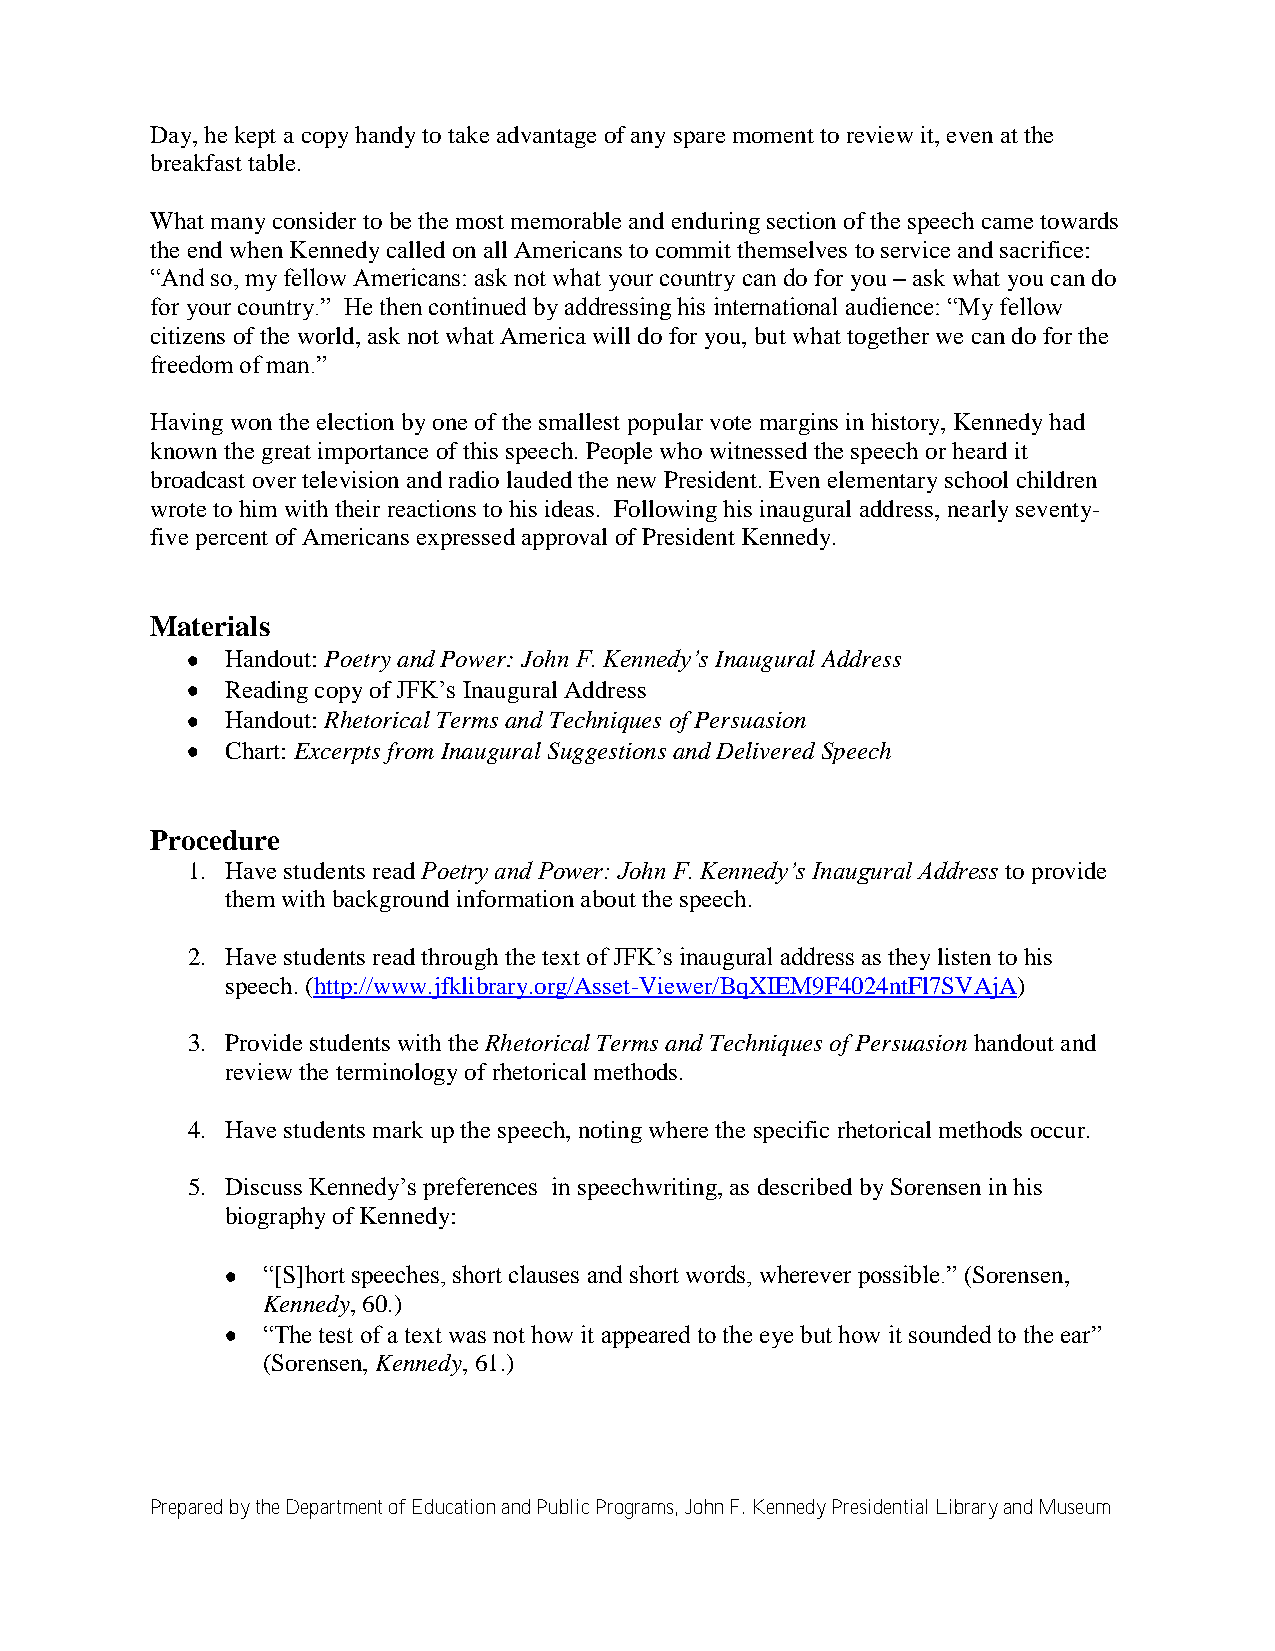
Day, he kept a copy handy to take advantage of any spare moment to review it, even at the
 breakfast table.
 What many consider to be the most memorable and enduring section of the speech came towards
 the end when Kennedy called on all Americans to commit themselves to service and sacrifice:
 ―And so, my fellow Americans: ask not what your country can do for you – ask what you can do
 for your country.‖ He then continued by addressing his international audience: ―My fellow
 citizens of the world, ask not what America will do for you, but what together we can do for the
 freedom of man.‖
 Having won the election by one of the smallest popular vote margins in history, Kennedy had
 known the great importance of this speech. People who witnessed the speech or heard it
 broadcast over television and radio lauded the new President. Even elementary school children
 wrote to him with their reactions to his ideas. Following his inaugural address, nearly seventy-
 five percent of Americans expressed approval of President Kennedy.
 Materials
 Handout: Poetry and Power: John F. Kennedy’s Inaugural Address
 Reading copy of JFK’s Inaugural Address
 Handout: Rhetorical Terms and Techniques of Persuasion
 Chart: Excerpts from Inaugural Suggestions and Delivered Speech
 Procedure
 1. Have students read Poetry and Power: John F. Kennedy’s Inaugural Address to provide
 them with background information about the speech.
 2. Have students read through the text of JFK’s inaugural address as they listen to his
 speech. (http://www.jfklibrary.org/Asset-Viewer/BqXIEM9F4024ntFl7SVAjA)
 3. Provide students with the Rhetorical Terms and Techniques of Persuasion handout and
 review the terminology of rhetorical methods.
 4. Have students mark up the speech, noting where the specific rhetorical methods occur.
 5. Discuss Kennedy’s preferences in speechwriting, as described by Sorensen in his
 biography of Kennedy:
 ―[S]hort speeches, short clauses and short words, wherever possible.‖ (Sorensen,
 Kennedy, 60.)
 ―The test of a text was not how it appeared to the eye but how it sounded to the ear‖
 (Sorensen, Kennedy, 61.)
 Prepared by the Department of Education and Public Programs, John F. Kennedy Presidential Library and Museum